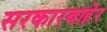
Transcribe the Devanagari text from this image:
सरकारबाहेर